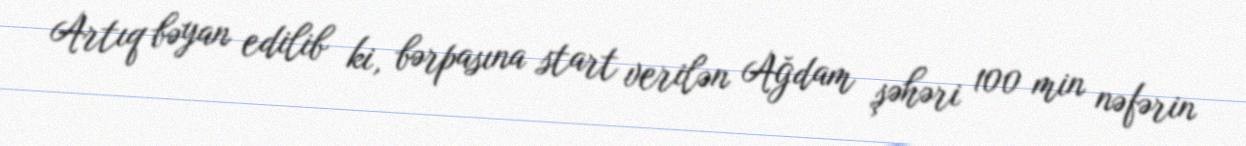
Artıq bəyan edilib ki, bərpasına start verilən Ağdam şəhəri 100 min nəfərin